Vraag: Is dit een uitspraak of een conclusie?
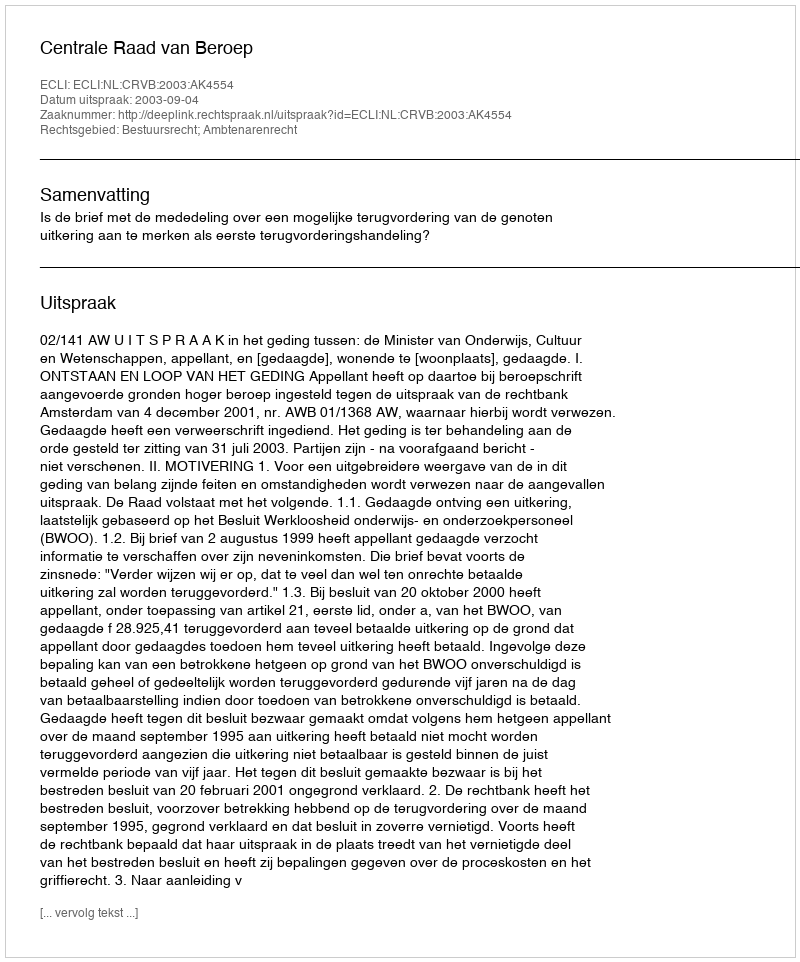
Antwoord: Uitspraak